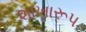
શાખારૂપ